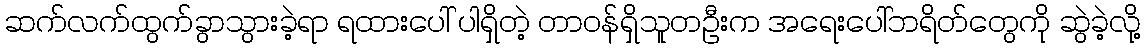
ဆက်လက်ထွက်ခွာသွားခဲ့ရာ ရထားပေါ် ပါရှိတဲ့ တာဝန်ရှိသူတဦးက အရေးပေါ်ဘရိတ်တွေကို ဆွဲခဲ့လို့